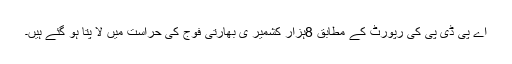
اے پی ڈی پی کی رپورٹ کے مطابق 8ہزار کشمیر ی بھارتی فوج کی حراست میں لا پتا ہو گئے ہیں۔